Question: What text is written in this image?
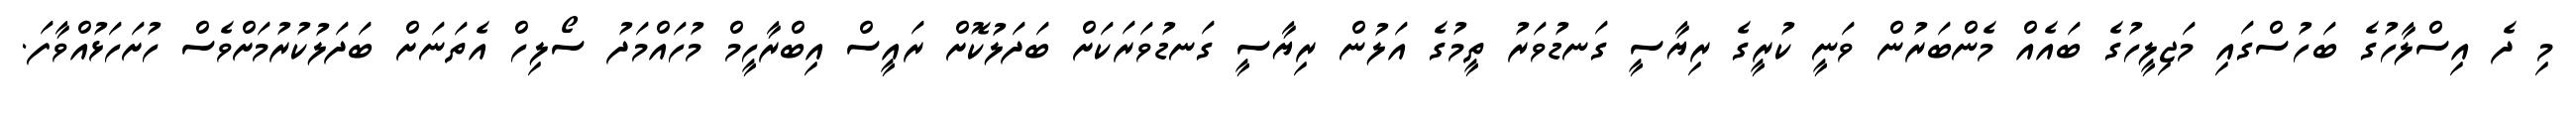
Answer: މި ދެ އިސްލާހުގެ ބަހުސްގައި މަޖިލީހުގެ ބައެއް މެންބަރުން ވަނީ ކުރީގެ ރިޔާސީ ގަނޑުވަރު ތީމުގެ އަލުން ރިޔާސީ ގަނޑުވަރަކަށް ބަދަލުކޮށް ރައީސް އިބްރާހީމް މުހައްމަދު ސޯލިހް އެތަނަށް ބަދަލުކުރުމަށްވެސް ހުށަހަޅުއްވާފަ.